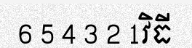
6 5 4 3 2 1វិធី